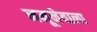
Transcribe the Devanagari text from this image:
नमूनेवाला